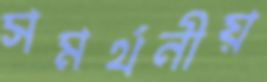
সমর্থনীয়